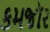
કમજૉર